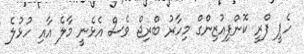
ހެޕީ ފްރީ ކޮންފިއުޒިންގް މިހާރު ބްރިޖް ވެސް އެޅެނީ މާލެ އާއި ހުޅުލެ